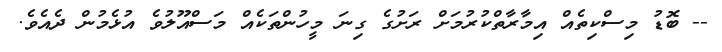
-- ބޮޑު މިސްކިތެއް އިމާރާތްކުރުމަށް ރަށުގެ ގިނަ މީހުންތަކެއް މަސްއޫލުވެ އުޅެމުން ދެއެވެ.